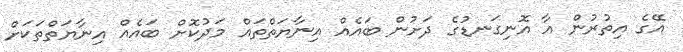
އޭގެ އިތުރުން އާ އޮނިގަނޑުގެ ދަށުން ބައެއް އިނާޔަތްތައް މަދުކޮށް ބައެއް އިނާޔަތްތަކަށް